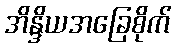
အိန္ဒိယအခြေစိုက်